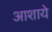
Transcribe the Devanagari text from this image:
आशाये